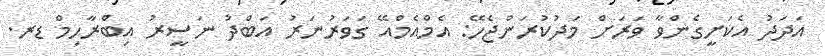
އަދަދު އެކަށީގެންވާ ވަރަށް މަދުކުރަންޖެހޭ: އެމްއެމްއޭ ގަވަރުނަރު އަބްދު ނަސީރު އިބްރާހިމް ޑރ.